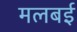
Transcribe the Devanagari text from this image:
मलबई